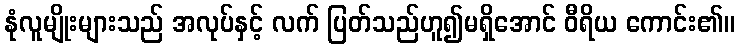
နုံလူမျိုးများသည် အလုပ်နှင့် လက် ပြတ်သည်ဟူ၍မရှိအောင် ဝီရိယ ကောင်း၏။